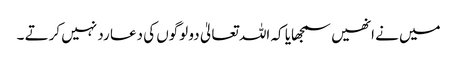
میں نے انھیں سمجھایا کہ اللہ تعالیٰ دو لوگوں کی دعا رد نہیں کرتے ۔